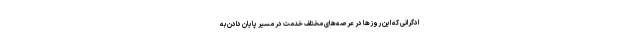
ادگرانی که این روز‌ها در عرصه‌های مختلف خدمت در مسیر پایان دادن به